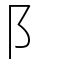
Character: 阝